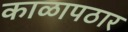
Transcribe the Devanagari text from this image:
काळापठार